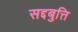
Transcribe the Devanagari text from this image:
सद्दबुत्ति